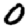
Digit: 0